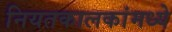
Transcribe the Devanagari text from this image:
नियतकालकांमध्ये